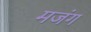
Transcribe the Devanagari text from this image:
मजंग